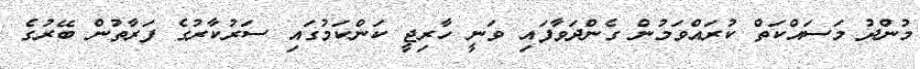
މުންދު މަސައްކަތް ކުރައްވަމުން ގެންދަވާފައި ވަނީ ހާރިޖީ ކަންކަމުގައި ސަރުކާރުގެ ފަރާތުން ބޭރުގެ